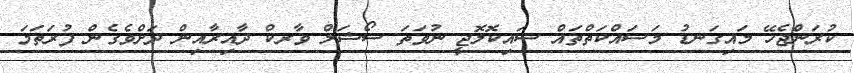
ކުރަންޖެހޭ މައިގަނޑު މަސައްކަތްތައް ސައިކޮލޮޖީ ނުވަތަ ސޯޝަލް ވާރކް ދާއިރާއިން ދަށްވެގެން ފުރަތަމަ